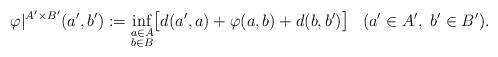
LaTeX: \begin{align*}\begin{aligned}\varphi|^{A' \times B'}(a',b') &:= \inf_{\substack{a \in A \\ b \in B}} \bigl[d(a',a)+\varphi(a,b)+d(b,b')\bigr] & (a' \in A', \ b' \in B'). \end{aligned}\end{align*}